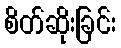
စိတ်ဆိုးခြင်း